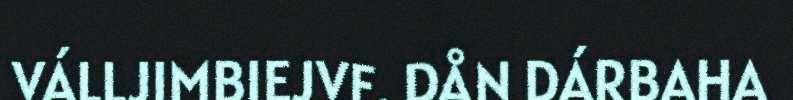
VÁLLJIMBIEJVE. DÅN DÁRBAHA